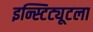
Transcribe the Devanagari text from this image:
इन्स्टिट्यूटला